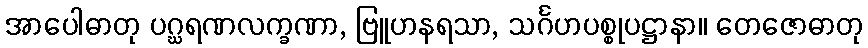
အာပေါဓာတု ပဂ္ဃရဏလက္ခဏာ, ဗြူဟနရသာ, သင်္ဂဟပစ္စုပဋ္ဌာနာ။ တေဇောဓာတု